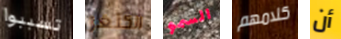
تسببوا الكنغر السمو كلامهم أن